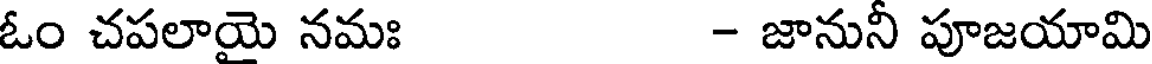
ఓం చపలాయై నమః - జానునీ పూజయామి